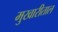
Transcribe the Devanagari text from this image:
मुखारीताल